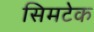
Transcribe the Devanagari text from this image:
सिमटेक